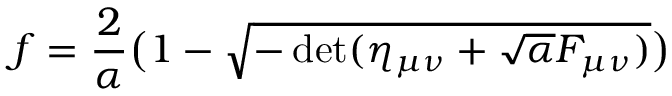
f = { \frac { 2 } { \alpha } } \bigl ( 1 - \sqrt { - \operatorname * { d e t } ( \eta _ { \mu \nu } + \sqrt { \alpha } { \cal F } _ { \mu \nu } ) } \bigr )